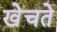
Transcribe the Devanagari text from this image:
खेचते